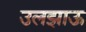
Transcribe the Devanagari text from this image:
उलझाऊ